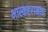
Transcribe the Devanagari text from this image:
भास्कररामाचा